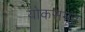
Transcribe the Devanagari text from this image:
योकसमूह